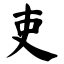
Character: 吏